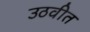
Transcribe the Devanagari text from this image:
उठवीत